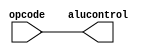
// Name: Dev gupta,Pinkesh Mahawar
// Roll No 210318, 210719



module alu_control(input [5:0] opcode, output[5:0] alucontrol);

assign alucontrol=opcode;
endmodule